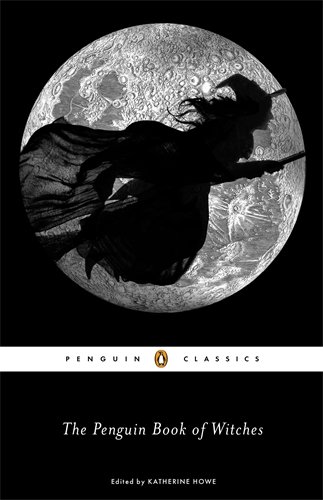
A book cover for The Penguin Book of Witches; Reference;